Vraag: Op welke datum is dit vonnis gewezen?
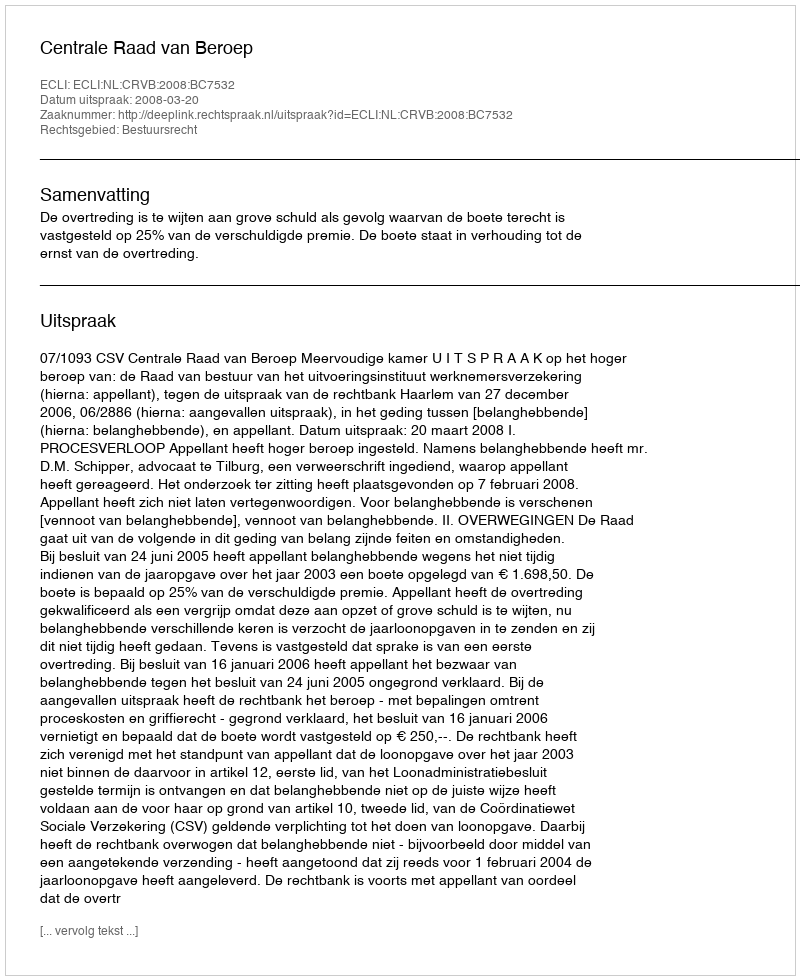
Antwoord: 2008-03-20